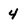
Character: 4